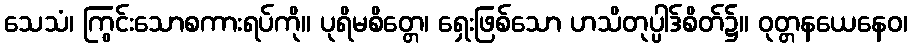
သေသံ၊ ကြွင်းသောစကားရပ်ကို။ ပုရိမစိတ္တေ၊ ရှေးဖြစ်သော ဟသိတုပ္ပါဒ်စိတ်၌။ ဝုတ္တနယေနေဝ၊